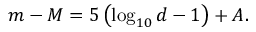
m - M = 5 \left( \log _ { 1 0 } d - 1 \right) + A .